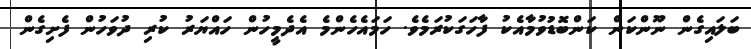
ބަލައިގެން ނޫންކަން ކަންބޮޑުވުމާއެކު ފާހަގަކުރަމެވެ. ހަމައެހެންމެ އެދެމީހުން ހައްޔަރު ކުރި ދުވަހުން ފެށިގެން